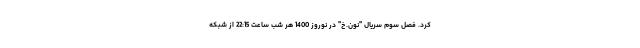
کرد. فصل سوم سریال "نون.خ" در نوروز 1400 هر شب ساعت 22:15 از شبکه